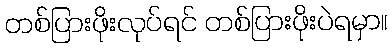
တစ်ပြားဖိုးလုပ်ရင် တစ်ပြားဖိုးပဲရမှာ။